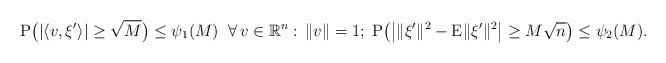
LaTeX: \begin{align*}\mathrm{P}\big(|\langle v, \xi' \rangle|\ge \sqrt{M}\big)\le\psi_1(M)\;\;\forall\, v\in\mathbb{R}^n: \, \|v\| =1; \;\mathrm{P} \big(\big|\|\xi'\|^2- \mathrm{E} \|\xi'\|^2\big| \ge M \sqrt{n}\big) \le \psi_2(M).\end{align*}